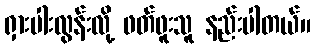
ရှားပါးလွန်းလို့ ဖတ်ဖူးသူ နည်းပါတယ်။